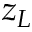
z _ { L }